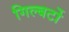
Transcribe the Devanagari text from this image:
गिल्बर्टो